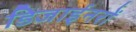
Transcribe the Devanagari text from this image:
डिजाईनरों